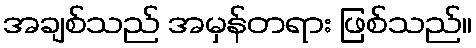
အချစ်သည် အမှန်တရား ဖြစ်သည်။